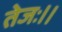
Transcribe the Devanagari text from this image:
तेजः।।